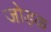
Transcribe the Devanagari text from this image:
जोड़क